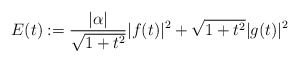
\begin{align*} E(t):=\frac{ |\alpha|}{\sqrt{1+t^2}}|f(t)|^2+ \sqrt{1+t^2}|g(t)|^2 \end{align*}